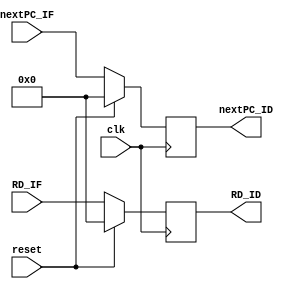
// 
`timescale 1ns/1ns
//  module IF_ID  ports
module IF_ID( clk, reset, nextPC_IF, RD_IF, nextPC_ID, RD_ID );
//  ports  input output
input clk, reset;
input [31:0] nextPC_IF;
input [31:0] RD_IF;
output reg [31:0] nextPC_ID;
output reg [31:0] RD_ID;

always@(posedge clk)
begin
    if(reset)
    begin
        RD_ID <= 32'b0;
        nextPC_ID <= 32'b0;
    end
    else
    begin
        RD_ID <= RD_IF;
        nextPC_ID <= nextPC_IF;
    end

end


endmodule